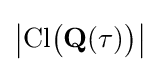
\left|\mathrm {Cl} {\bigl (}\mathbf {Q} (\tau ){\bigr )}\right|